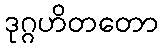
ဒုဂ္ဂဟိတတော